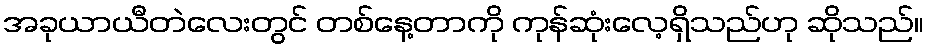
အခုယာယီတဲလေးတွင် တစ်နေ့တာကို ကုန်ဆုံးလေ့ရှိသည်ဟု ဆိုသည်။